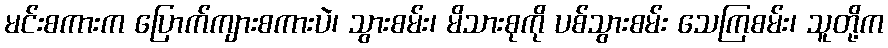
မင်းစကားက ပြောက်ကျားစကားပဲ၊ သွားစမ်း၊ မိသားစုကို ပစ်သွားစမ်း သေကြစမ်း၊ သူတို့က